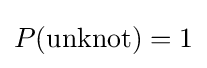
P(\mathrm {unknot} )=1